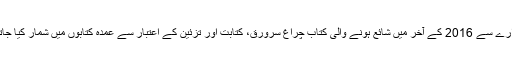
اسی ادارے سے 2016 کے آخر میں شائع ہونے والی کتاب چراغ سرورق، کتابت اور تزئین کے اعتبار سے عمدہ کتابوں میں شمار کیا جاتا ہے ۔